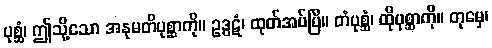
ပုစ္ဆံ၊ ဤသို့သော အနုမတိပုစ္ဆာကို။ ဥဒ္ဓဋံ၊ ထုတ်အပ်ပြီ။ တံပုစ္ဆံ၊ ထိုပုစ္ဆာကို။ တုမှေ၊